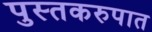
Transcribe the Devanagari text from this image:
पुस्तकरुपात